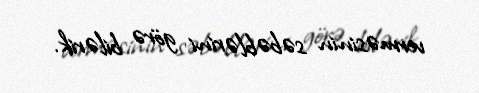
verməsinin səbəblərini görə bilərik.